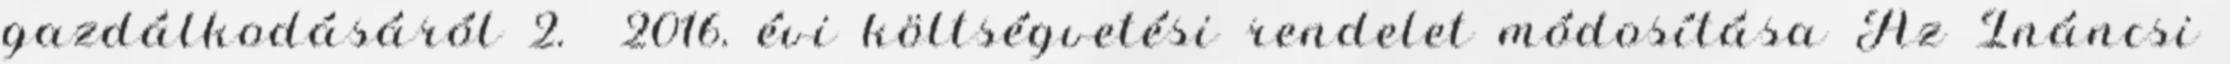
gazdálkodásáról 2. 2016. évi költségvetési rendelet módosítása Az Ináncsi